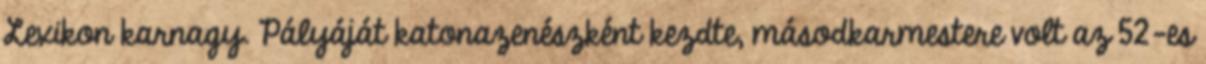
Lexikon karnagy. Pályáját katonazenészként kezdte, másodkarmestere volt az 52-es